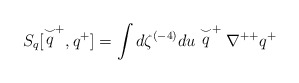
\begin{align*}S_q[\stackrel{\smile}{q}^+,q^+]=\int d\zeta^{(-4)}du\stackrel{\smile}{q}^+\nabla^{++}q^+\end{align*}